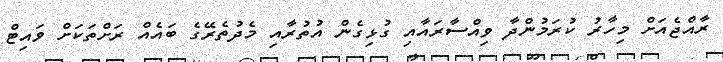
ރާއްޖެއަށް މިހާރު ކުރަމުންދާ ވިއްސާރައާއި ގުޅިގެން އުތުރާއި މެދުތެރޭގެ ބައެއް ރަށްތަކަށް ވައިޓް